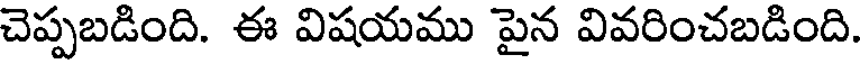
చెప్పబడింది. ఈ విషయము పైన వివరించబడింది.